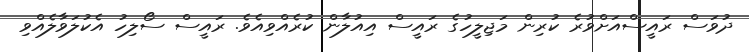
ދުވަސް ރައީސްއަށްވުރެ ކުރިން މަޖިލީހުގެ ރައީސް އިއުލާން ކުރެއްވިއެވެ. ރައީސް ސޯލިހު އެކުލަވާލެއްވި